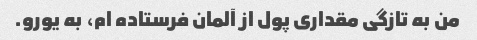
من به تازگی مقداری پول از آلمان فرستاده ام، به یورو.